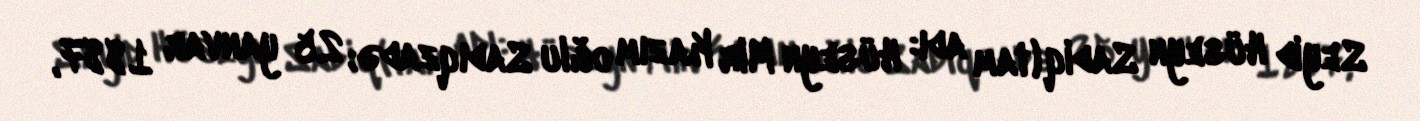
Seyid Hüseyn Sadiq (tam adı: Hüseyn Mir Kazım oğlu Sadıqzadə; 25 yanvar 1887,